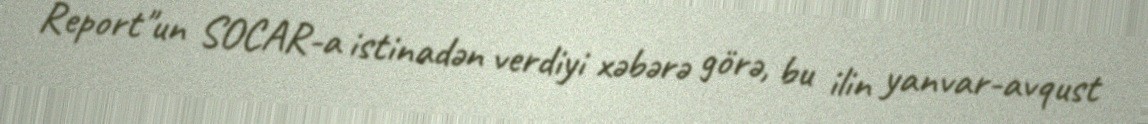
Report"un SOCAR-a istinadən verdiyi xəbərə görə, bu ilin yanvar-avqust